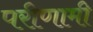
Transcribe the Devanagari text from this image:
परीणामी